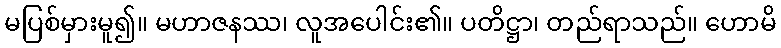
မပြစ်မှားမူ၍။ မဟာဇနဿ၊ လူအပေါင်း၏။ ပတိဋ္ဌာ၊ တည်ရာသည်။ ဟောမိ